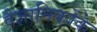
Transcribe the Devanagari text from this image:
वैज्ञानिकोंके